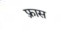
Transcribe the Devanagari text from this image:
फ़्रास